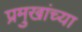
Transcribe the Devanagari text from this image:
प्रमुखांच्या